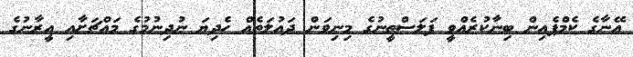
އޭނާގެ ކެމްޕެއިން ބިނާކުރެއްވީ ފަލަސްތީނުގެ މިނިވަން ދައުލަތެއް ހެދިޔަ ނުދިނުމުގެ މައްޗަށާއި އީރާނުގެ